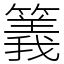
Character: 䉝